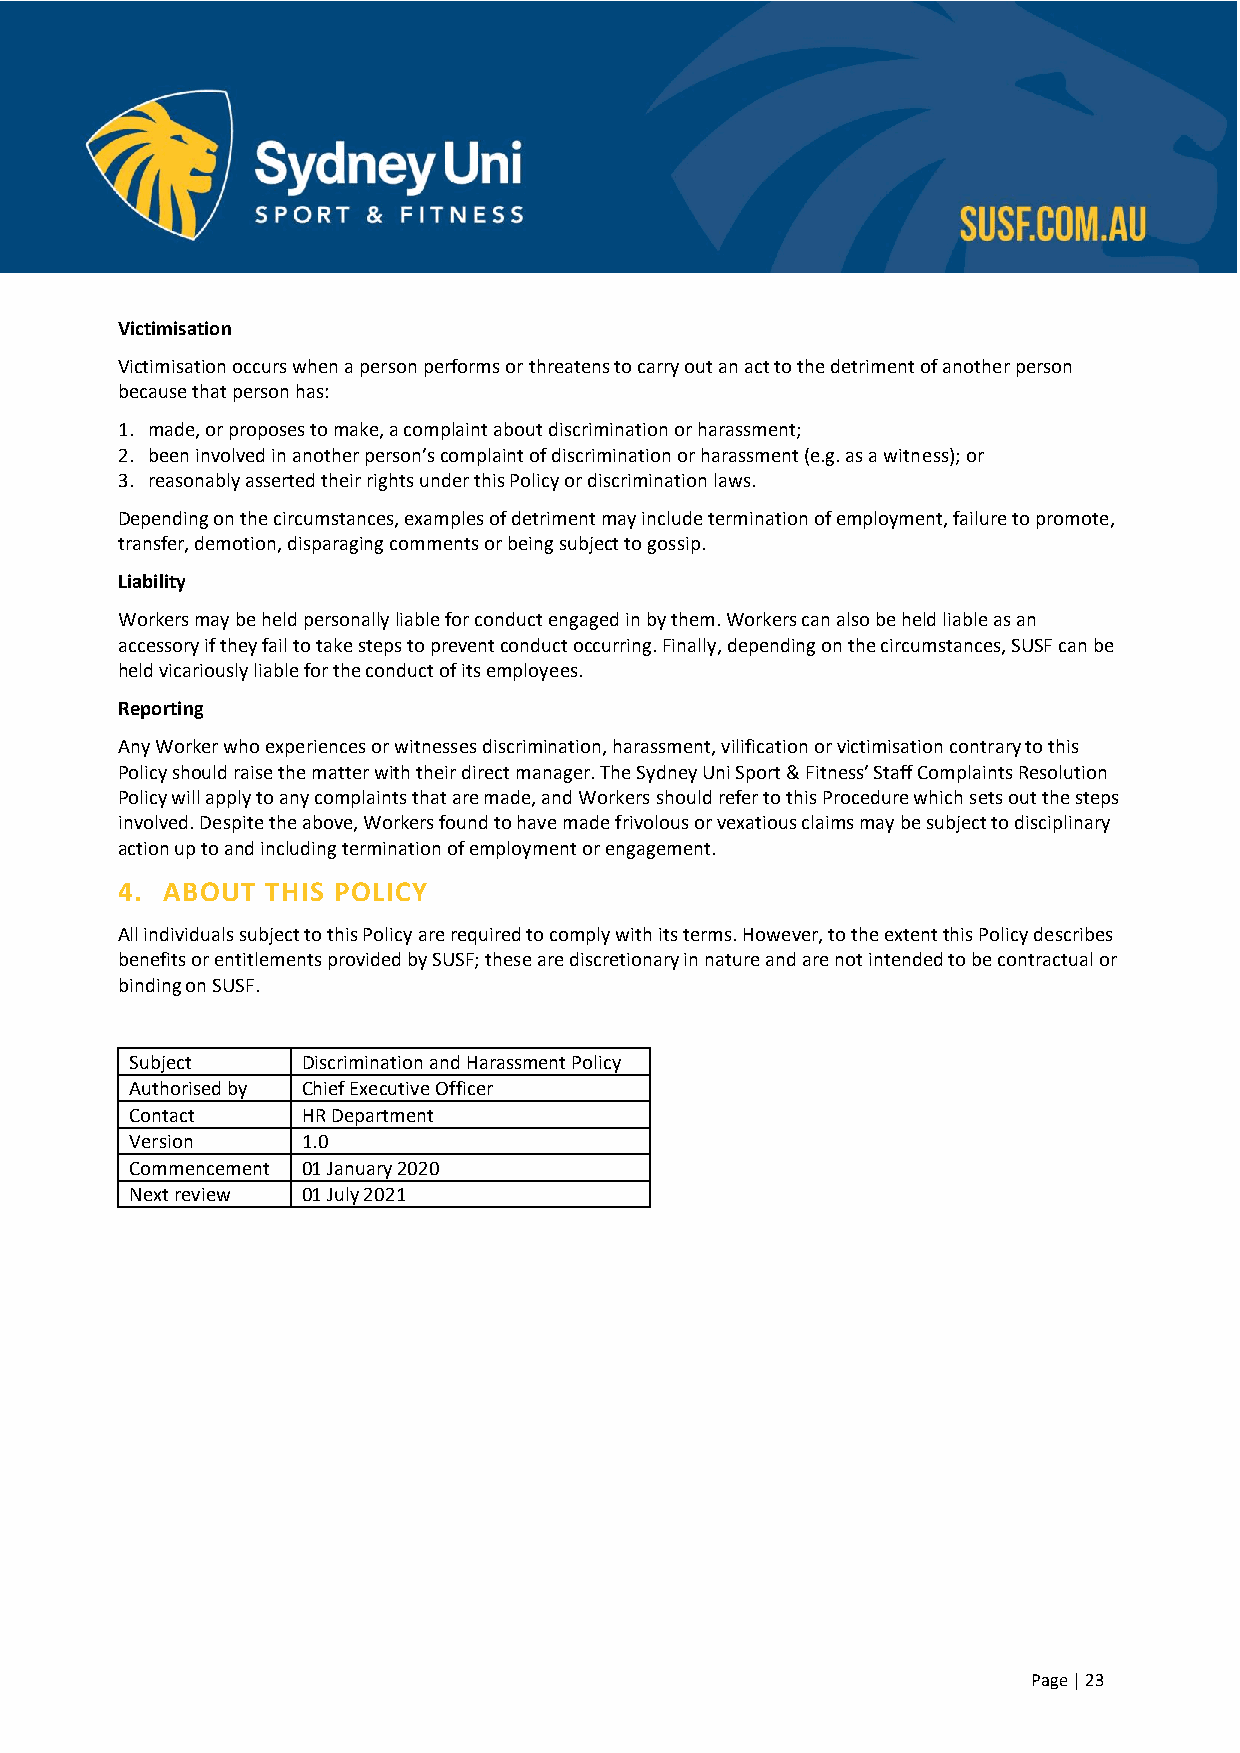
Victimisation
 Victimisation occurs when a person performs or threatens to carry out an act to the detriment of another person
 because that person has:
 1. made, or proposes to make, a complaint about discrimination or harassment;
 2. been involved in another person’s complaint of discrimination or harassment (e.g. as a witness); or
 3. reasonably asserted their rights under this Policy or discrimination laws.
 Depending on the circumstances, examples of detriment may include termination of employment, failure to promote,
 transfer, demotion, disparaging comments or being subject to gossip.
 Liability
 Workers may be held personally liable for conduct engaged in by them. Workers can also be held liable as an
 accessory if they fail to take steps to prevent conduct occurring. Finally, depending on the circumstances, SUSF can be
 held vicariously liable for the conduct of its employees.
 Reporting
 Any Worker who experiences or witnesses discrimination, harassment, vilification or victimisation contrary to this
 Policy should raise the matter with their direct manager. The Sydney Uni Sport & Fitness’ Staff Complaints Resolution
 Policy will apply to any complaints that are made, and Workers should refer to this Procedure which sets out the steps
 involved. Despite the above, Workers found to have made frivolous or vexatious claims may be subject to disciplinary
 action up to and including termination of employment or engagement.
 4. ABOUT  THIS POLICY
 All individuals subject to this Policy are required to comply with its terms. However, to the extent this Policy describes
 benefits or entitlements provided by SUSF; these are discretionary in nature and are not intended to be contractual or
 binding on SUSF.
 Subject    Discrimination and Harassment Policy
 Authorised by Chief Executive Officer
 Contact    HR Department
 Version    1.0
 Commencement 01 January 2020
 Next review 01 July 2021
 Page | 23